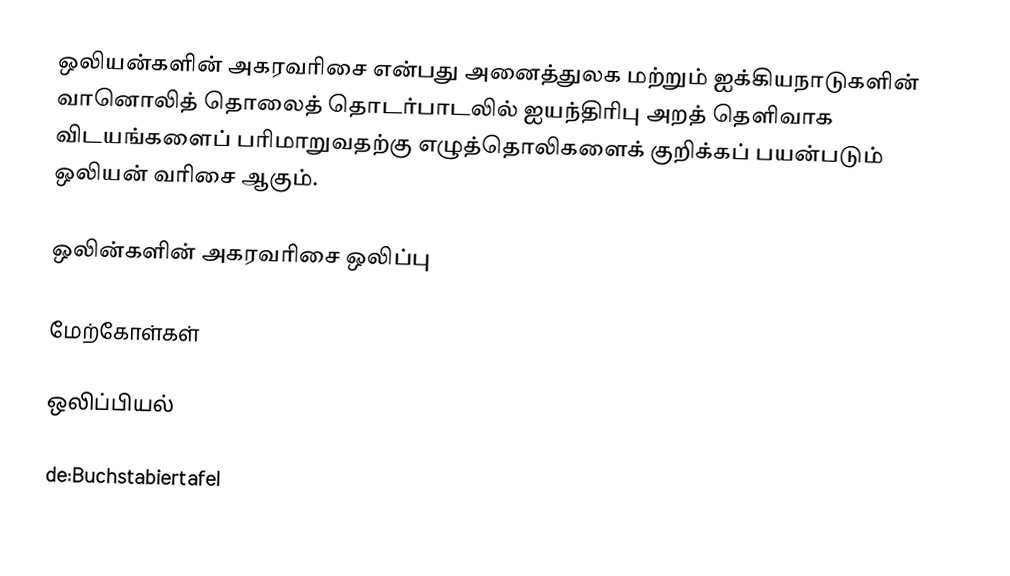
ஒலியன்களின் அகரவரிசை என்பது அனைத்துலக மற்றும் ஐக்கியநாடுகளின் வானொலித் தொலைத் தொடர்பாடலில் ஐயந்திரிபு அறத் தெளிவாக விடயங்களைப் பரிமாறுவதற்கு எழுத்தொலிகளைக் குறிக்கப் பயன்படும் ஒலியன் வரிசை ஆகும்.

ஒலின்களின் அகரவரிசை ஒலிப்பு

மேற்கோள்கள்

ஒலிப்பியல்

de:Buchstabiertafel